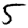
Digit: 5